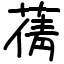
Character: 蒨